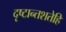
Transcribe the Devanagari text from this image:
दृष्टान्तशतेहि